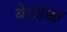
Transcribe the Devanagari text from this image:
बेराइछा